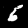
Label: 6